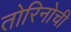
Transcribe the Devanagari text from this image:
तोरिनोची